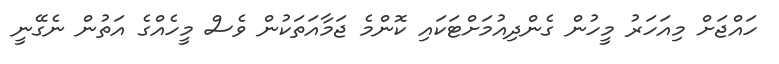
ހައްޖަށް މިއަހަރު މީހުން ގެންދިއުމަށްޓަކައި ކޮންމެ ޖަމާއަތަކުން ވެސް މީހެއްގެ އަތުން ނެގޭނީ